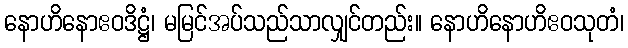
နောဟိနောဧဝဒိဋ္ဌံ၊ မမြင်အပ်သည်သာလျှင်တည်း။ နောဟိနောဟိဧဝသုတံ၊